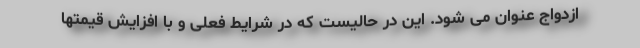
ازدواج عنوان می شود. این در حالیست که در شرایط فعلی و با افزایش قیمتها